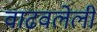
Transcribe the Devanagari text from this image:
वाढवलेली